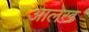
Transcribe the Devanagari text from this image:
अालेख